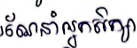
ណែនាំអ្នកសិក្សា